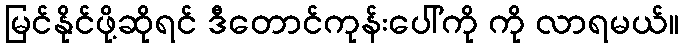
မြင်နိုင်ဖို့ဆိုရင် ဒီတောင်ကုန်းပေါ်ကို ကို လာရမယ်။